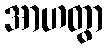
အာဟတွာ